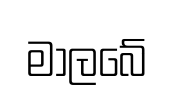
මාලබේ